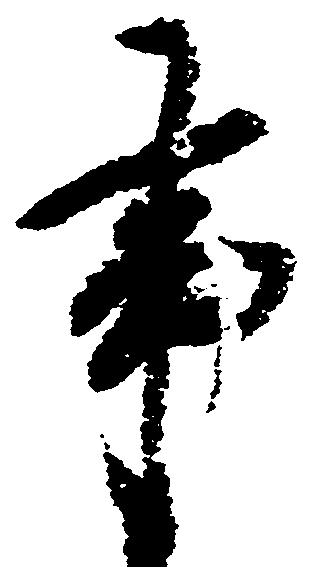
事